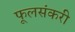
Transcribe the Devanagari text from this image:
फूलसंकरी